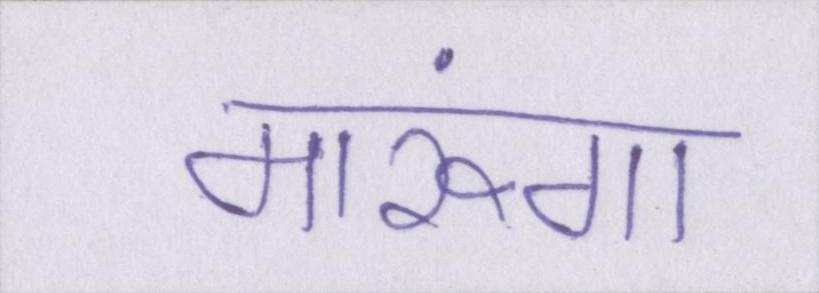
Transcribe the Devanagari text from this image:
मारूंगा